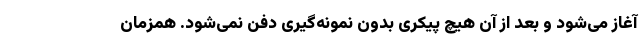
آغاز می‌شود و بعد از آن هیچ پیکری بدون نمونه‌گیری دفن نمی‌شود. همزمان